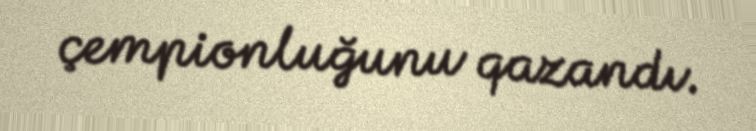
çempionluğunu qazandı.